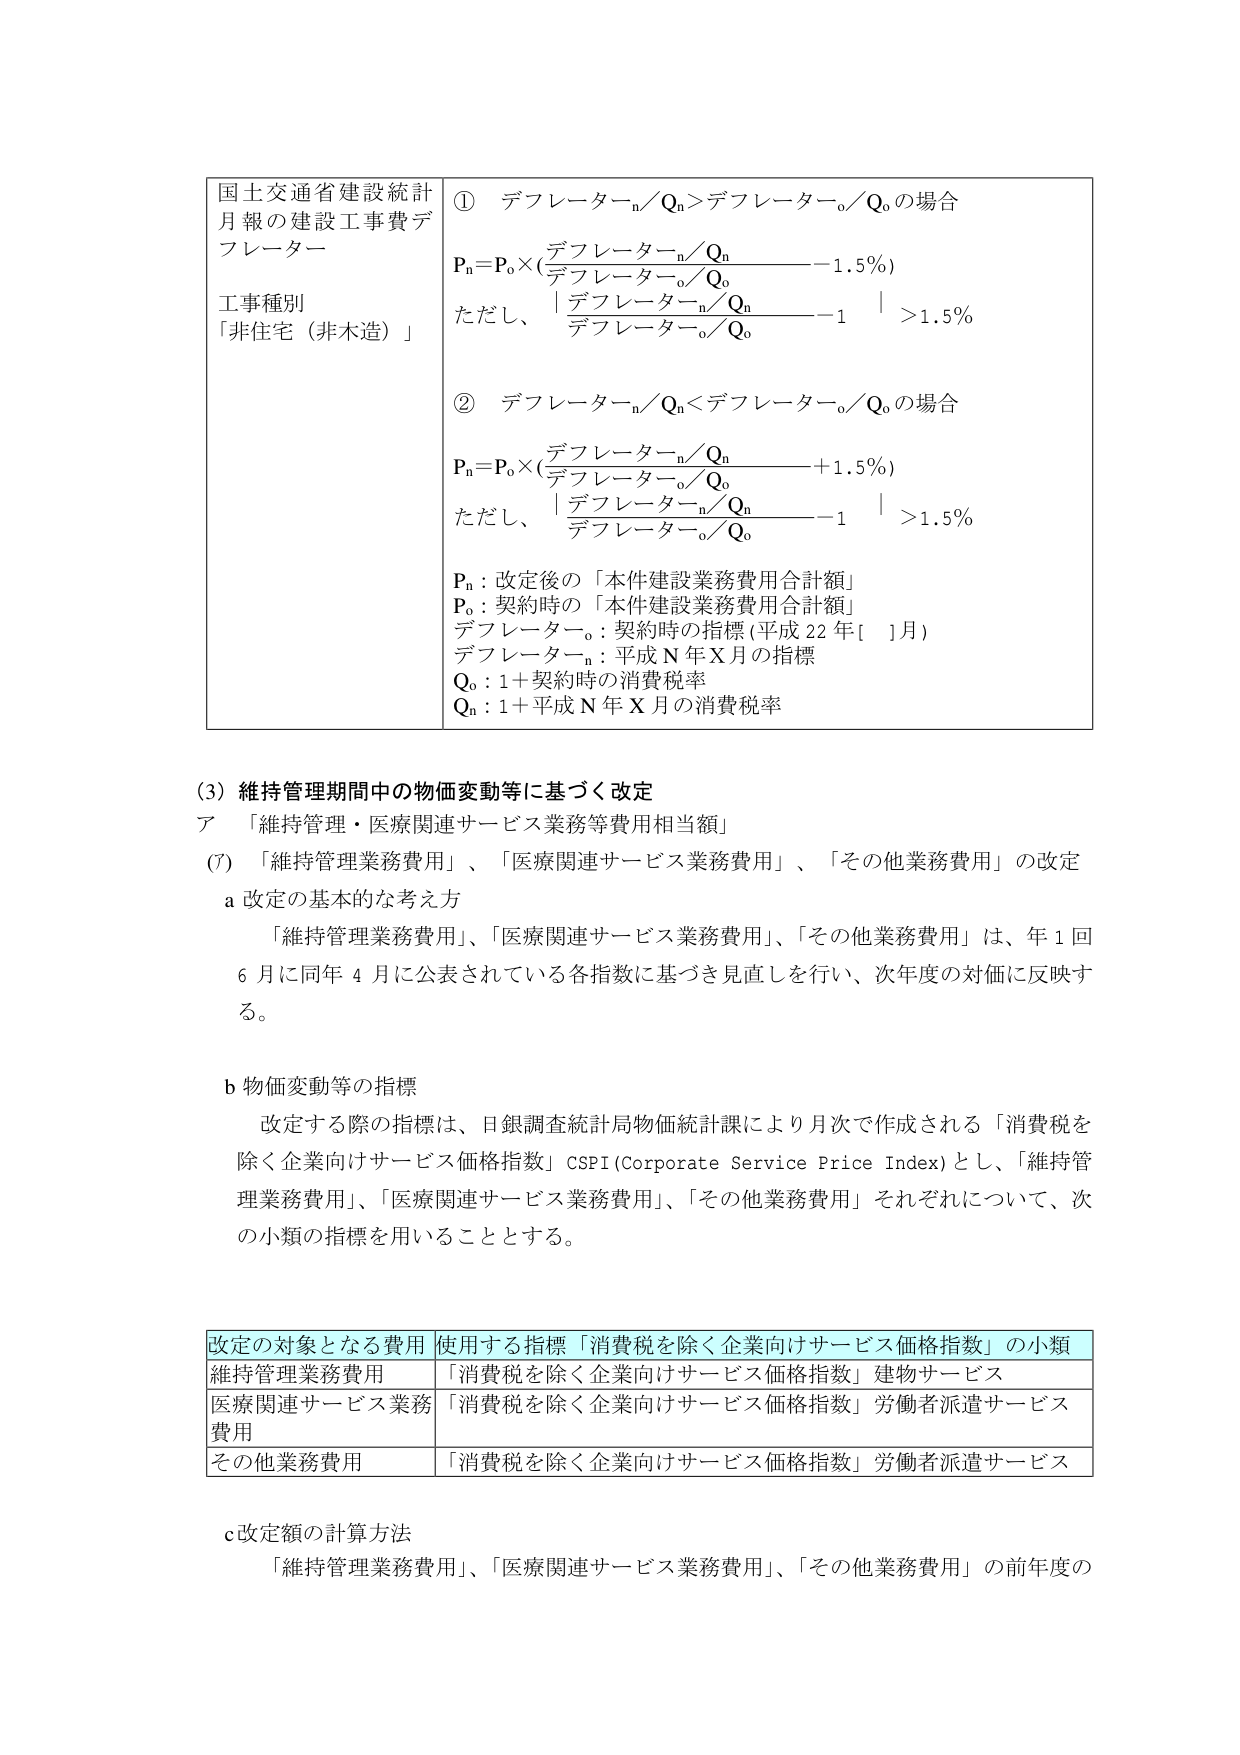
国土交通省建設統計月報の建設工事費デフレーター
工事種別
「非住宅（非木造）」

① デフレーターₙ／Qₙ＞デフレーター₀／Q₀の場合
Pₙ = P₀ × (デフレーターₙ／Qₙ ÷ デフレーター₀／Q₀ − 1.5%)
ただし、|デフレーターₙ／Qₙ ÷ デフレーター₀／Q₀ − 1| ＞ 1.5%

② デフレーターₙ／Qₙ＜デフレーター₀／Q₀の場合
Pₙ = P₀ × (デフレーターₙ／Qₙ ÷ デフレーター₀／Q₀ + 1.5%)
ただし、|デフレーターₙ／Qₙ ÷ デフレーター₀／Q₀ − 1| ＞ 1.5%

Pₙ：改定後の「本件建設業務費用合計額」
P₀：契約時の「本件建設業務費用合計額」
デフレーター₀：契約時の指標（平成22年[ ]月）
デフレーターₙ：平成N年X月の指標
Q₀：1＋契約時の消費税率
Qₙ：1＋平成N年X月の消費税率

(3) 維持管理期間中の物価変動等に基づく改定
ア 「維持管理・医療関連サービス業務等費用相当額」
(ｱ) 「維持管理業務費用」、「医療関連サービス業務費用」、「その他業務費用」の改定
a 改定の基本的な考え方
「維持管理業務費用」、「医療関連サービス業務費用」、「その他業務費用」は、年1回6月に同年4月に公表されている各指数に基づき見直しを行い、次年度の対価に反映する。

b 物価変動等の指標
改定する際の指標は、日銀調査統計局物価統計課により月次で作成される「消費税を除く企業向けサービス価格指数」CSPI (Corporate Service Price Index) とし、「維持管理業務費用」、「医療関連サービス業務費用」、「その他業務費用」それぞれについて、次の小類の指標を用いることとする。

改定の対象となる費用 | 使用する指標「消費税を除く企業向けサービス価格指数」の小類
--- | ---
維持管理業務費用 | 「消費税を除く企業向けサービス価格指数」建物サービス
医療関連サービス業務費用 | 「消費税を除く企業向けサービス価格指数」労働者派遣サービス
その他業務費用 | 「消費税を除く企業向けサービス価格指数」労働者派遣サービス

c 改定額の計算方法
「維持管理業務費用」、「医療関連サービス業務費用」、「その他業務費用」の前年度の